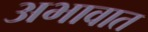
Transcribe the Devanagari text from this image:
अभावात